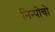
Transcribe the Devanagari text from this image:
निन्पोचो